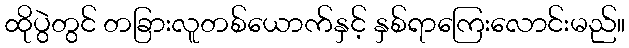
ထိုပွဲတွင် တခြားလူတစ်ယောက်နှင့် နှစ်ရာကြေးလောင်းမည်။